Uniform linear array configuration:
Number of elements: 64
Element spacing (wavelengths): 0.5
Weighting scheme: exponential
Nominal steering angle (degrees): -45
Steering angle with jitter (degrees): -45.456
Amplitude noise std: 0.05
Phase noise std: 0.05

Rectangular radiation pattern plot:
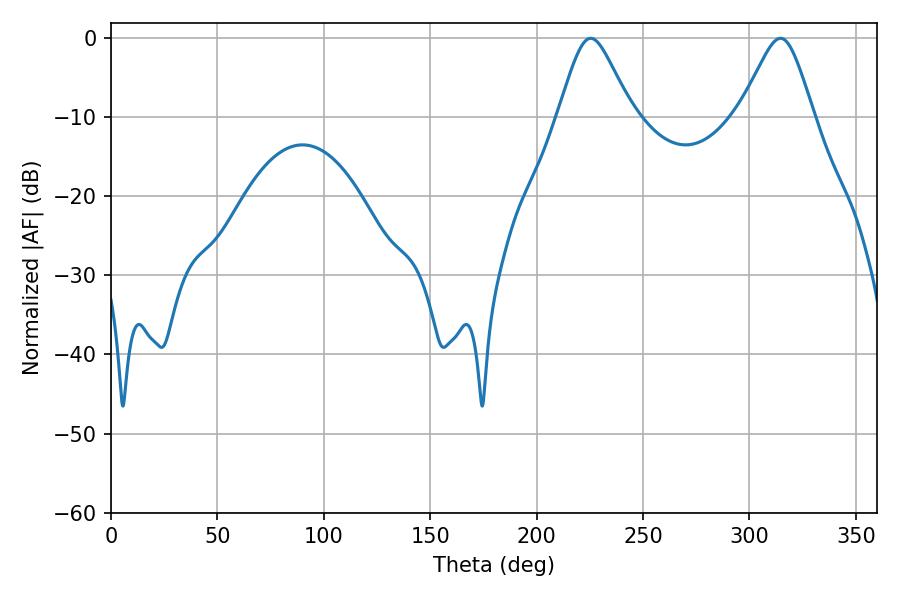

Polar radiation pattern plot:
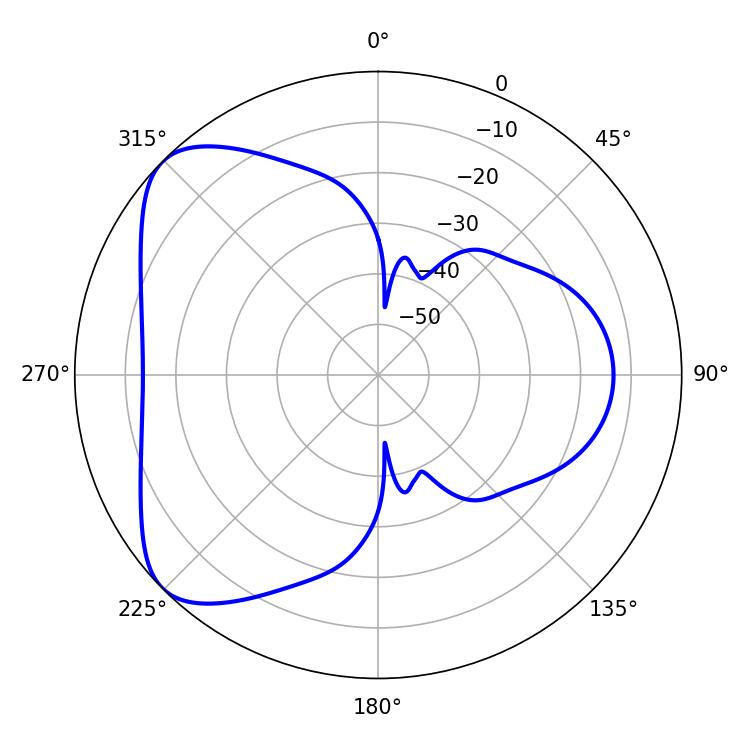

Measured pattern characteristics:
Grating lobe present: FALSE
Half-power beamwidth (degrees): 16.74
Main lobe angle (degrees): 225.36